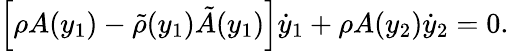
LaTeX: \left[\rho A(y_{1})-\tilde{\rho}(y_{1})\tilde{A}(y_{1})\right]\dot{y}_{1}+\rho A(y_{2})\dot{y}_{2}=0.